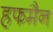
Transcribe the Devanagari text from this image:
हफमैन